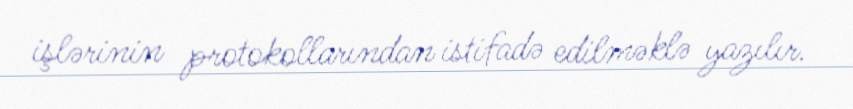
işlərinin protokollarından istifadə edilməklə yazılır.